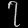
Digit: ၇